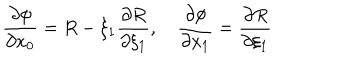
\frac { \partial \phi } { \partial x _ { 0 } } = R - \xi _ { 1 } \frac { \partial R } { \partial \xi _ { 1 } } , \quad \frac { \partial \phi } { \partial x _ { 1 } } = \frac { \partial R } { \partial \xi _ { 1 } }